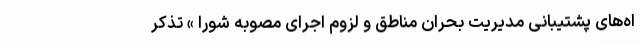
اه‌های پشتیبانی مدیریت بحران مناطق و لزوم اجرای مصوبه شورا » تذکر